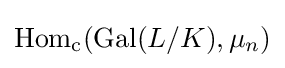
\operatorname {Hom} _{\text{c}}(\operatorname {Gal} (L/K),\mu _{n})